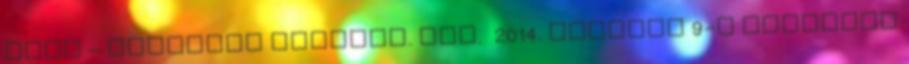
Open – Saturday Evening. PDC. 2014. március 9-i dátummal